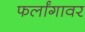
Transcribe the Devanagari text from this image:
फर्लांगावर